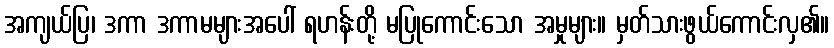
အကျယ်ပြ၊ ဒကာ ဒကာမများအပေါ် ရဟန်းတို့ မပြုကောင်းသော အမှုများ။ မှတ်သားဖွယ်ကောင်းလှ၏။